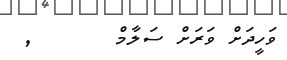
ވަހީދަށް ވަރަށް ސަލާމް